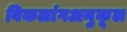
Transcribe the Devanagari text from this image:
विकलांगअनुकूल